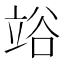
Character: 𥪉